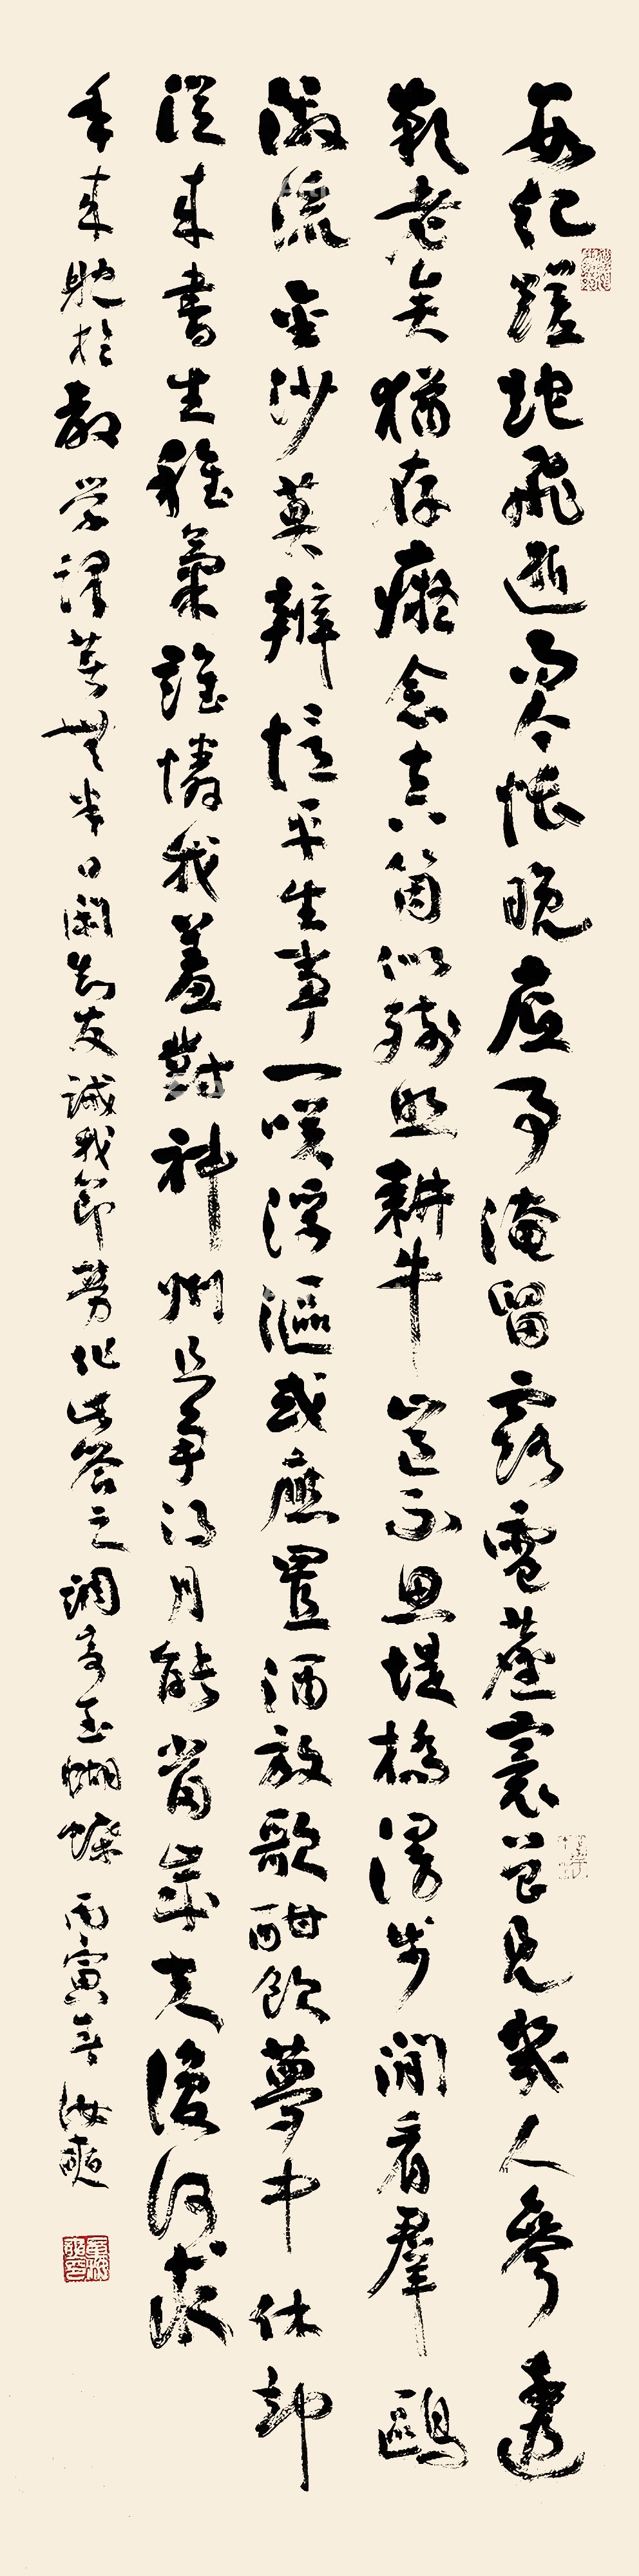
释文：每纪蹉跎飞逝，而今怅晚，底事淹留。露雹尘寰，曾见几人参透。潮老矣，犹存痴念，真个似，残照耕牛。岂不思。堤桥漫步，先看群鸥。激流。金沙莫辨，忆平生事，一咲浮沤。或应置酒，放歌酣饮梦中。休却从来，书生稚气，谁怜我，羞对神州。且争得，月能当岁，夫复何求？丙寅春，汝奭。